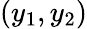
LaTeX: (y_{1},y_{2})